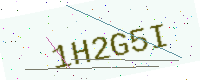
Text: 1H2G5I